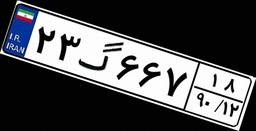
۲۳گ۶۶۷۱۸